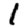
Digit: 1